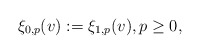
\begin{align*} \xi_{0,p}(v):=\xi_{1,p}(v),p\geq 0,\end{align*}